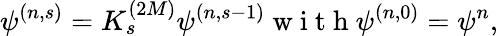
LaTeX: \psi^{(n,s)}=K_{s}^{(2M)}\psi^{(n,s-1)}\mathrm{~w~i~t~h~}\psi^{(n,0)}=\psi^{n},